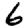
Digit: 6